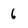
Character: 6